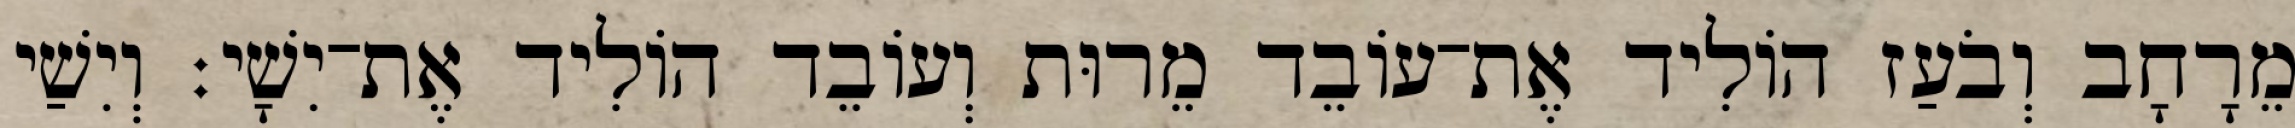
מֵרָחָב וְבֹעַז הוֹלִיד אֶת־עוֹבֵד מֵרוּת וְעוֹבֵד הוֹלִיד אֶת־יִשָׁי׃ וְיִשַׁי